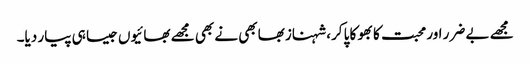
مجھے بے ضرر اور محبت کا بھوکا پا کر، شہناز بھابھی نے بھی مجھے بھائیوں جیسا ہی پیار دیا۔